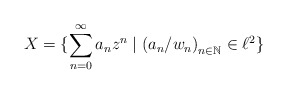
\begin{align*}X = \{\sum_{n=0}^{\infty}a_n z^n \mid \left(a_n/w_n\right)_{n \in \mathbb{N}} \in \ell^2\}\end{align*}